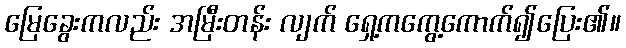
မြေခွေးကလည်း အမြီးတန်း လျက် ရှေ့ကကွေ့ကောက်၍ပြေး၏။